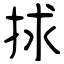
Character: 捄